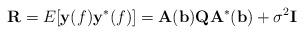
LaTeX: \begin{align*}\mathbf{R}= E[\mathbf{y}(f)\mathbf{y}^*(f)]= \mathbf{A(b)} \mathbf{Q} \mathbf{A^*(b)}+ \sigma^2 \mathbf{I}\end{align*}